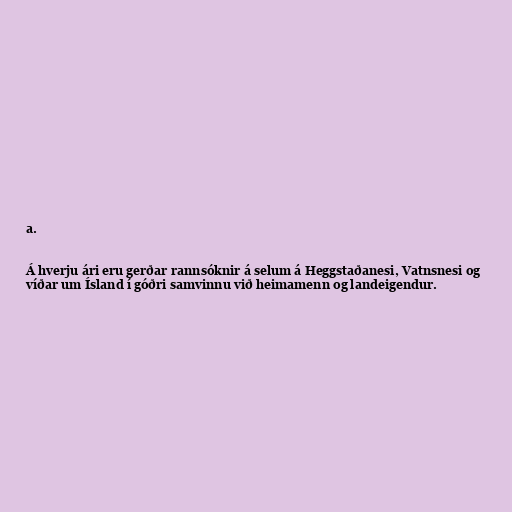
a.

Á hverju ári eru gerðar rannsóknir á selum á Heggstaðanesi, Vatnsnesi og
víðar um Ísland í góðri samvinnu við heimamenn og landeigendur.